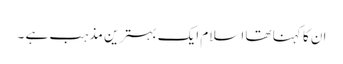
ان کا کہنا تھا اسلام ایک بہترین مذہب ہے ۔